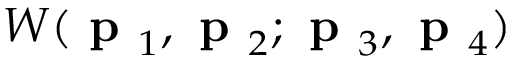
W ( \textbf { p } _ { 1 } , \textbf { p } _ { 2 } ; \textbf { p } _ { 3 } , \textbf { p } _ { 4 } )